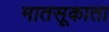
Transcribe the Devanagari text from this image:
मातसूकाता